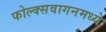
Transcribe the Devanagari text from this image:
फोल्क्सवागनमध्ये